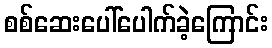
စစ်ဆေးပေါ်ပေါက်ခဲ့ကြောင်း